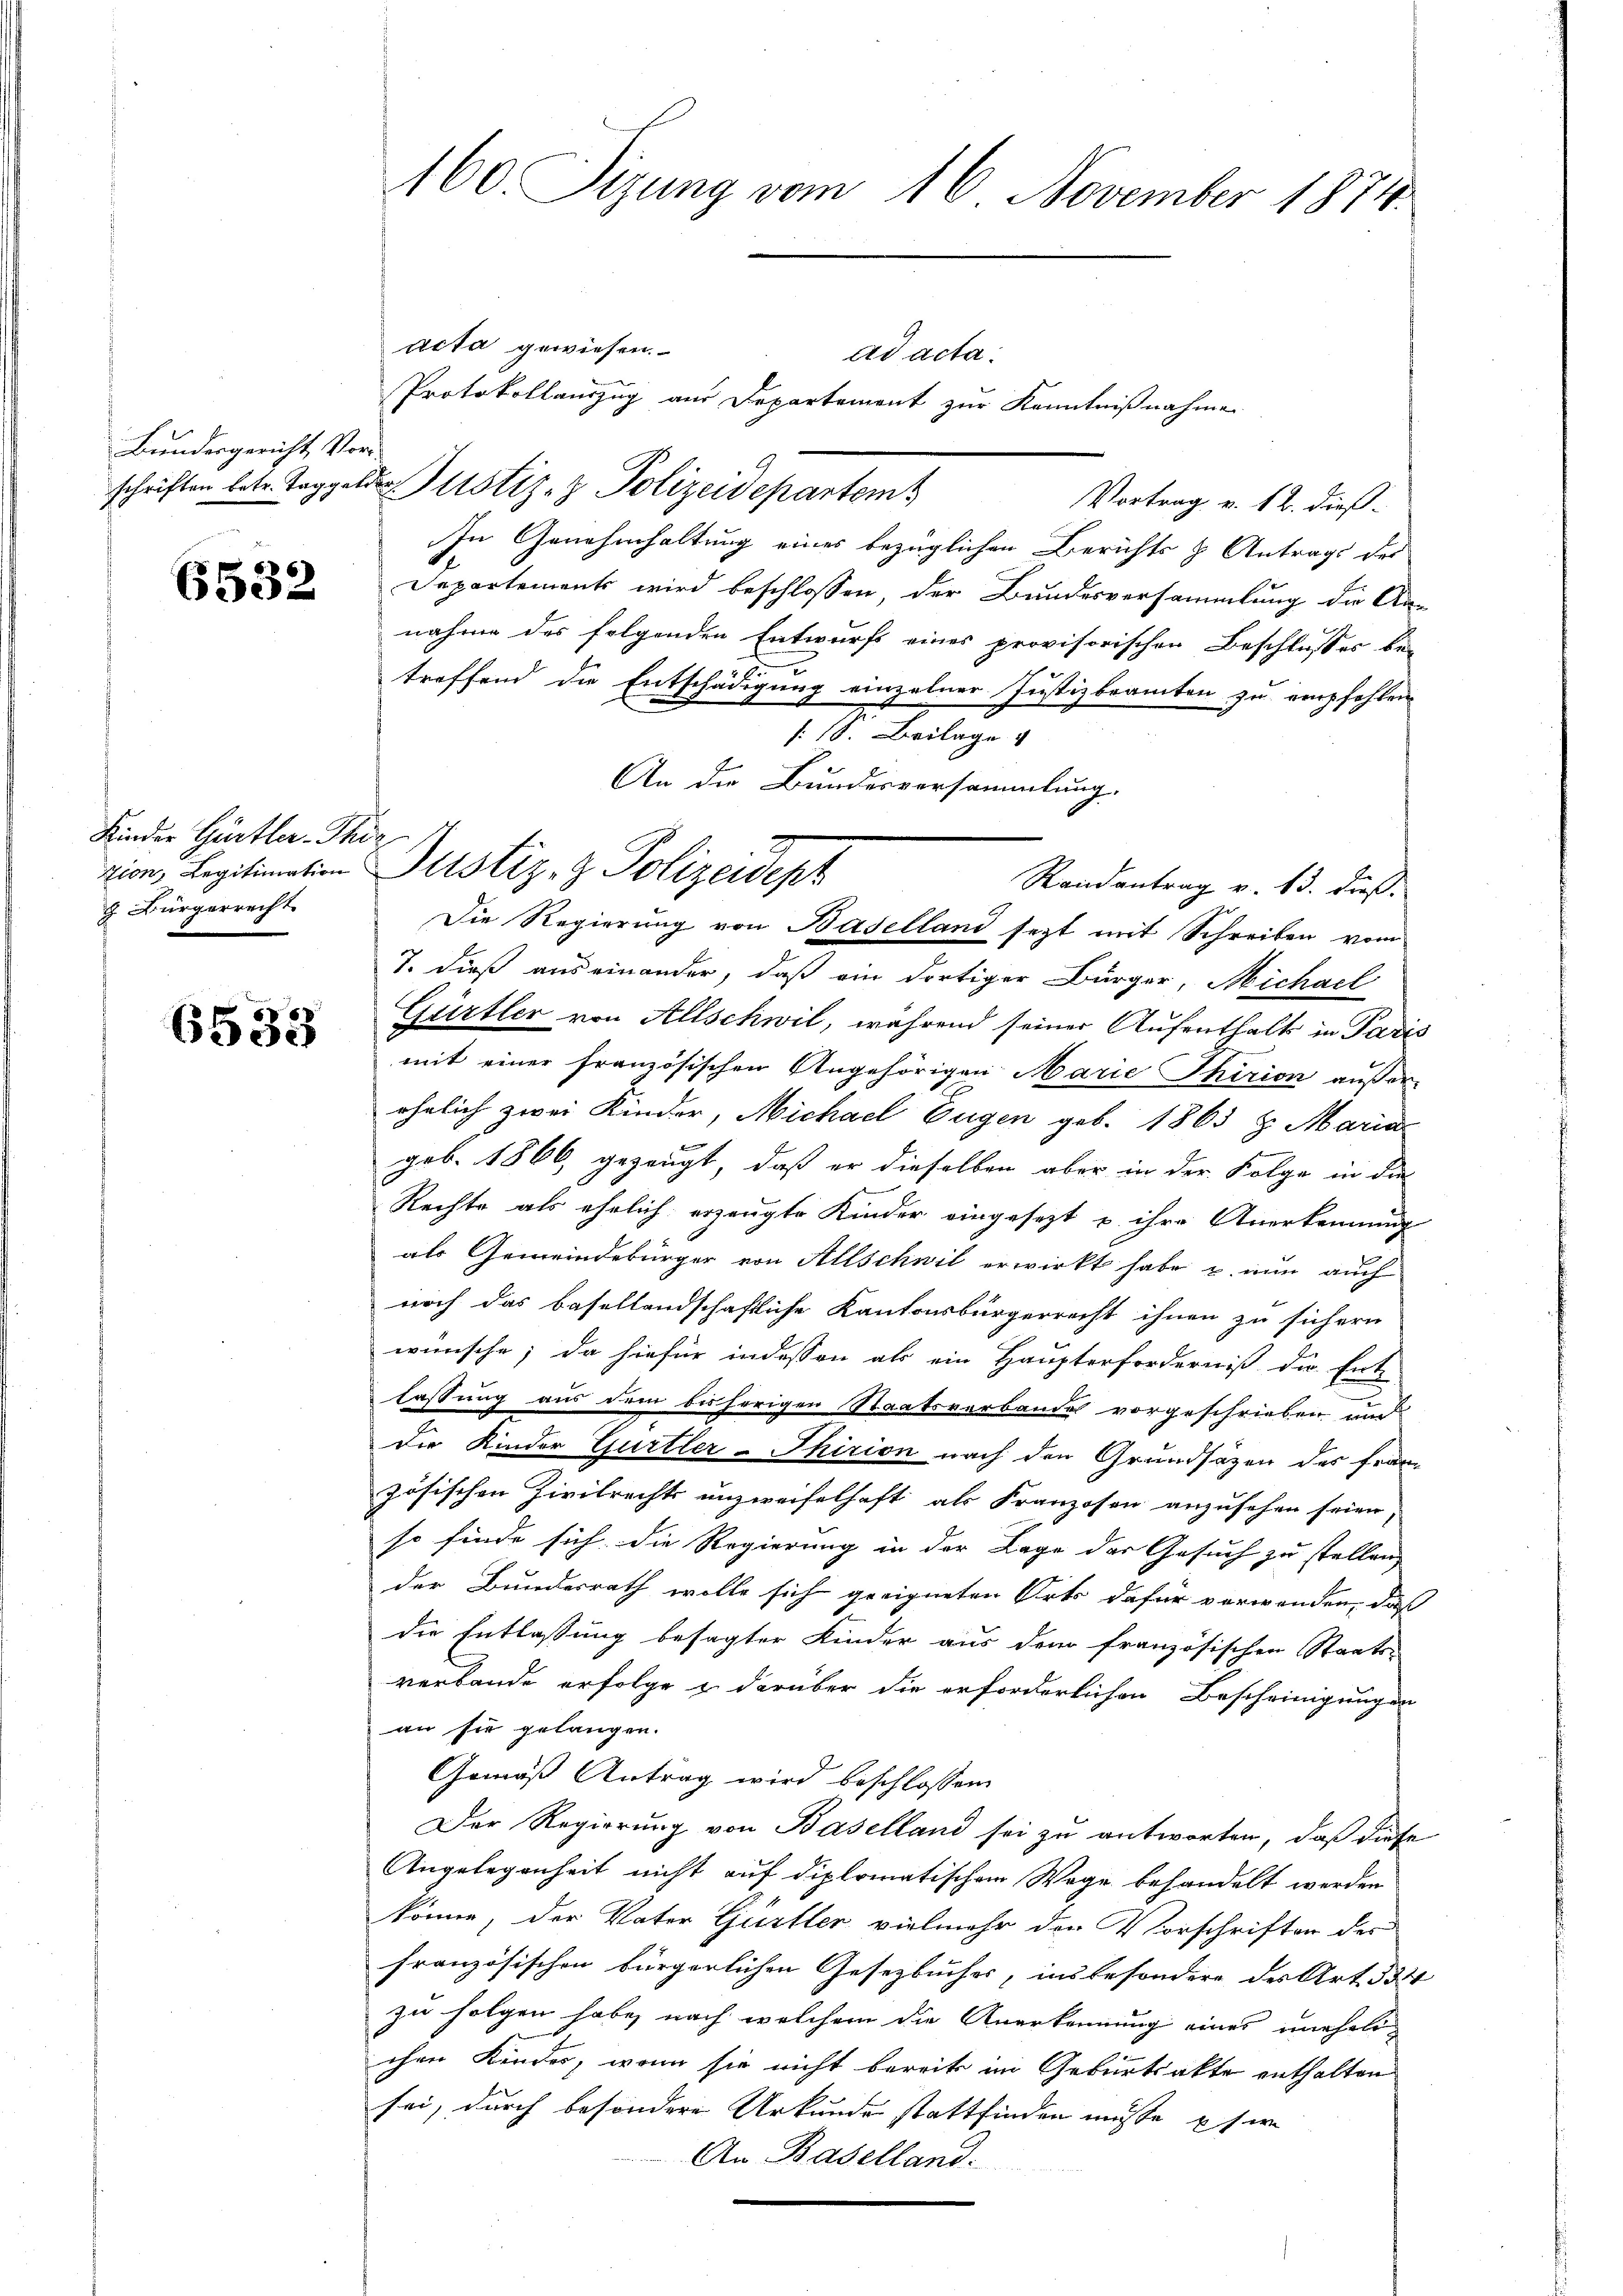
Bundesgericht Vor-

6532

Kinder Gürtler-Thir
J. Bürgerrecht

6533

160. Sizung vom 16. November 1874.

acta gewiesen.
ad acta.
Protokollauszug aus Departement zur Kenntnißnahme
schriften betr. Taggeldes Justiz- & Polizeidepartem
Vortrag v. 12. dieß-
In Genehmhaltung eines bezüglichen Berichts & Antrags des
Departements wird beschlossen, der Bundesversammlung die An-
nahme des folgenden Entwurfs eines provisorischen Beschlusses bei
x
treffend die Entschädigung einzelner Justizbeamten zu empfehlen
: 18. Beilage v
An die Bundesversammlung.
Randantrag v. 13. dieß.
7. dieß auseinander, daß ein dortiger Bürger, Michael
Gürtler von Allschwil, während seiner Aufenthalts in Paris
mit einer französischen Angehörigen Marie Thirion außer-
ähnlich zwei Kinder, Michael Eugen geb. 1863 u. Maria
geb. 1866, gezeugt, daß er dieselben aber in der Folge in die
Rechte als ehelich erzeugte Kinder eingesezt u. ihre Anerkennung
als Gemeindebürger von Allschwil erwirkt habe u. nun auch
noch das basellandschaftliche Kantonsbürgerrecht ihnen zu sichern
wünsche; da hiefür indessen als ein Haupterforderniß der Ent-
lassung aus dem bisherigen Staatsverbande vorgeschrieben und
Die Kinder Gurtler-Thirion nach den Grundsätzen des franz
zösischen Zivilrechts unzweifelhaft als Franzosen anzusehen seien,
so finde sich die Regierung in der Lage der Gesuch zu stellen,
der Bundesrath wolle sich geeigneten Orts dafür verwanden, daß
die Entlassung besagter Kinder aus dem französischen Staats-
verbande erfolge u darüber die erforderlichen Bescheinigungen
an sie gelangen.
Gemäß Antrag wird beschlossen
Der Regierung von Baselland sei zu antworten, daß diese
Angelegenheit nicht auf diplomatischem Wege behandelt worden
könne, der Vater Gürtler vielmehr den Vorschriften der
französischen bürgerlichen Gesetzbuches, insbesondere des Art. 534
zu folgen habe, nach welchem die Anerkennung eines unehelichen Kinder, wenn sie nicht bereits im Geburtsakte enthalten
sei, durch besondere Urkunde stattfinden müsse es we
An Baselland.

rion, Legitimation Justiz- & Polizeidept

Die Regierung von Baselland setzt mit Schreiben vom